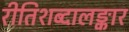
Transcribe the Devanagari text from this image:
रीतिशब्दालङ्कार